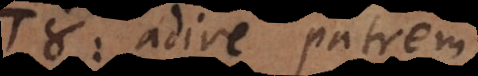
του: adire patrem.